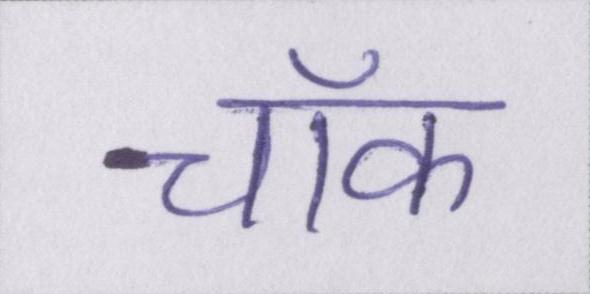
चॉक